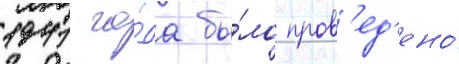
1941 го́да бы́ло пров'ед'ено́